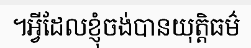
។អ្វីដែលខ្ញុំចង់បានយុត្តិធម៌